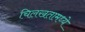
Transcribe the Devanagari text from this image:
चिलखतामध्ये